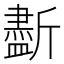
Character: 𣃏